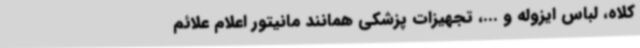
کلاه، لباس ایزوله و ...، تجهیزات پزشکی همانند مانیتور اعلام علائم